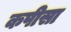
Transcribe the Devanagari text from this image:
कपीसा